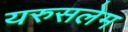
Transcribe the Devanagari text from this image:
यरुसलेम